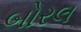
બોરલ